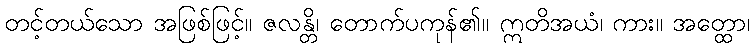
တင့်တယ်သော အဖြစ်ဖြင့်။ ဇလန္တိ၊ တောက်ပကုန်၏။ ဣတိအယံ၊ ကား။ အတ္ထော၊